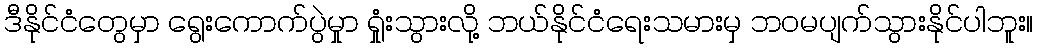
ဒီနိုင်ငံတွေမှာ ရွေးကောက်ပွဲမှုာ ရှုံးသွားလို့ ဘယ်နိုင်ငံရေးသမားမှ ဘဝမပျက်သွားနိုင်ပါဘူး။